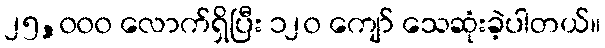
၂၅,၀၀၀ လောက်ရှိပြီး ၁၂၀ ကျော် သေဆုံးခဲ့ပါတယ်။